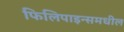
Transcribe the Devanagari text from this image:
फिलिपाइन्समधील